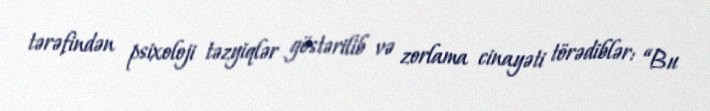
tərəfindən psixoloji təzyiqlər göstərilib və zorlama cinayəti törədiblər: “Bu